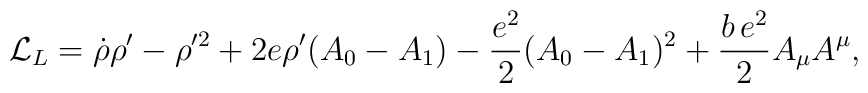
{\cal L}_L=\dot \rho \rho '-\rho '^2 +2e\rho '(A_0-A_1)-{{e^2}\over 2}(A_0-A_1)^2 +\frac{b\,e^2}{2}A_\mu A^\mu,